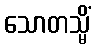
သောတသ္မိံ